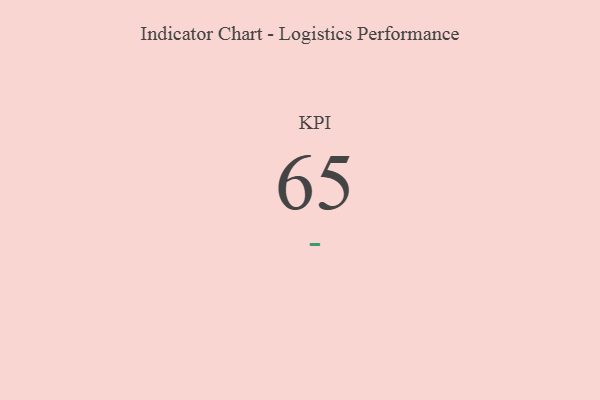
{"axis": {"x": "KPI", "y": "Value"}, "legend": [""], "data": [{"x": "KPI", "y": 65, "type": ""}]}